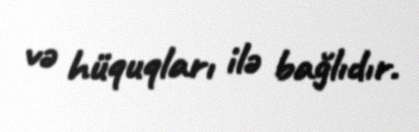
və hüquqları ilə bağlıdır.